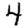
Digit: 4